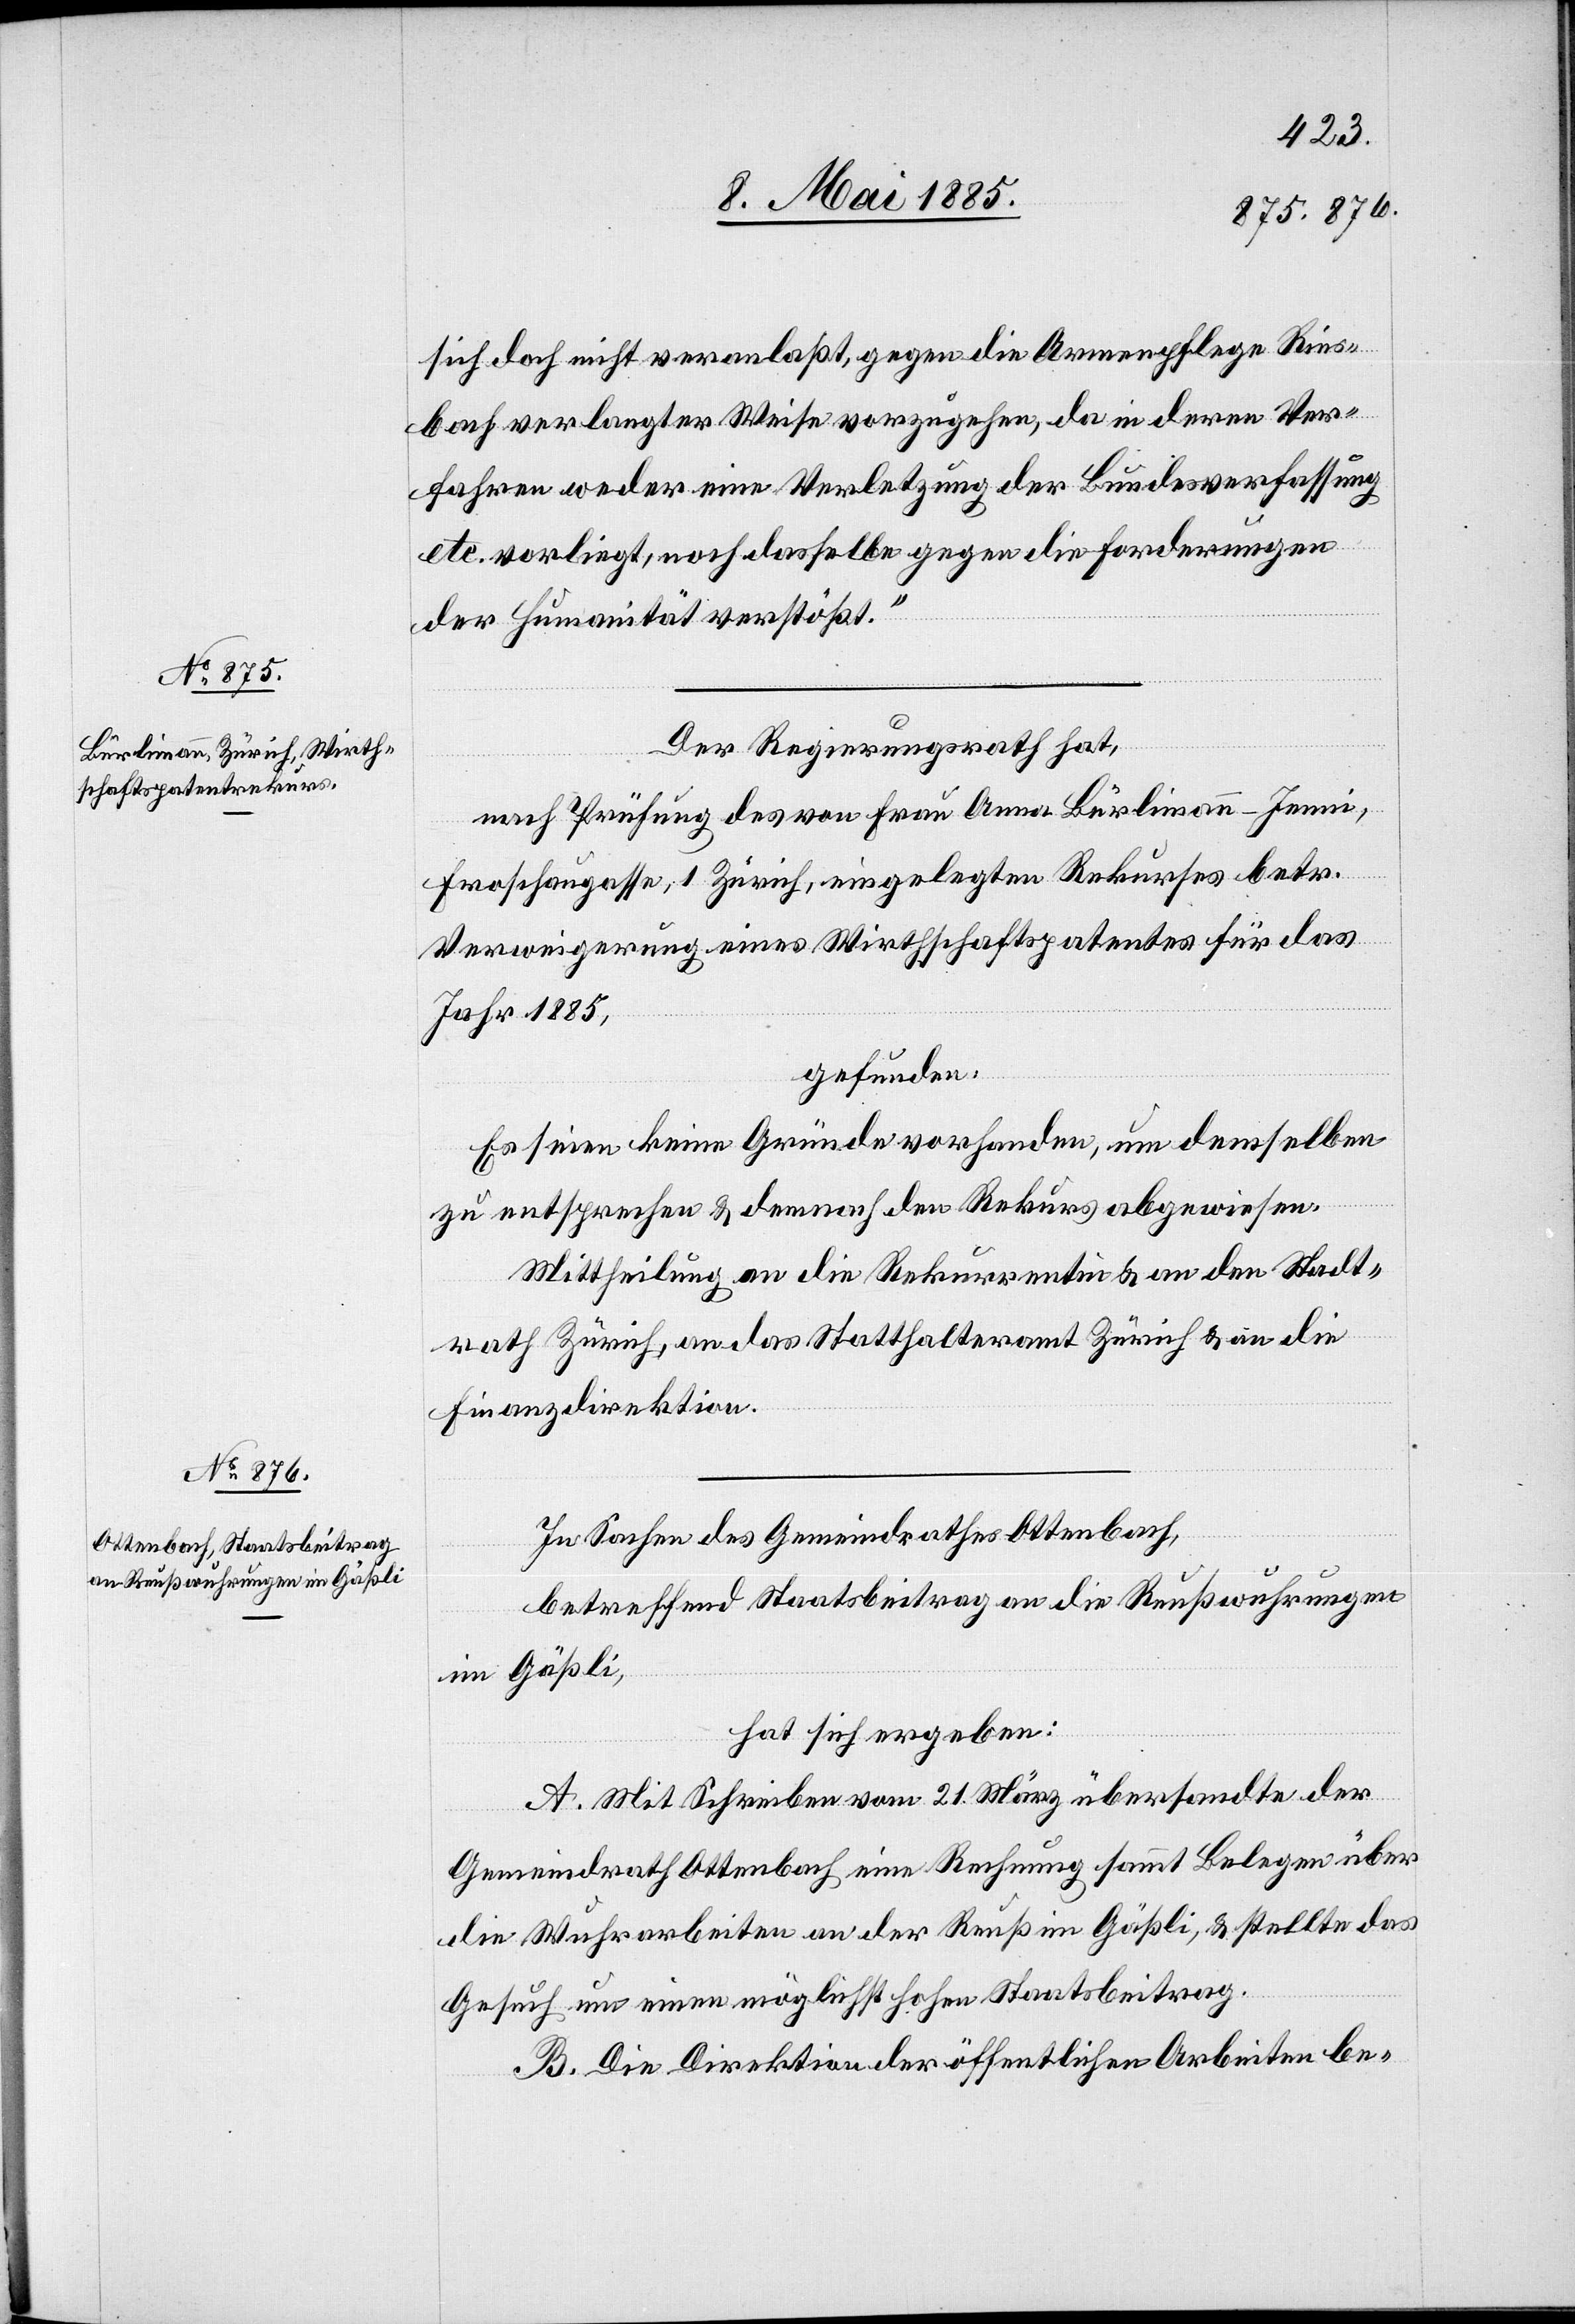
sich doch nicht veranlaßt, gegen die Armenpflege Ries¬
bach verlangter Weise vorzugehen, da in deren Ver¬
fahren weder eine Verletzung der Bundesverfassung
etc. vorliegt, noch dasselbe gegen die Forderungen
der Humanität verstößt.“
Der Regierungsrath hat,
nach Prüfung des von Frau Anna Hürlimann-Jenni,
Froschaugasse, 1 Zürich, eingelegten Rekurses betr.
Verweigerung eines Wirthschaftspatentes für das
Jahr 1885,
gefunden:
Es seien keine Gründe vorhanden, um demselben
zu entsprechen & demnach den Rekurs abgewiesen.
Mittheilung an die Rekurrentin & an den Stadt¬
rath Zürich, an das Statthalteramt Zürich & an die
Finanzdirektion.
In Sachen des Gemeindrathes Ottenbach,
betreffend Staatsbeitrag an die Reußwuhrungen
im Gäßli,
hat sich ergeben:
A. Mit Schreiben vom 21. März übersandte der
Gemeindrath Ottenbach eine Rechnung sammt Belegen über
die Wuhrarbeiten an der Reuß im Gäßli, & stellte das
Gesuch um einen möglichst hohen Staatsbeitrag.
B. Die Direktion der öffentlichen Arbeiten be-